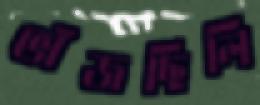
ভাঁজছিলি